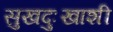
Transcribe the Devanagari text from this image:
सुखदुःखाशी